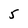
Character: 5